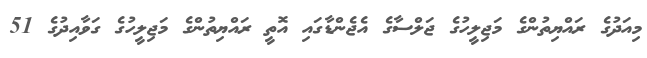
މިއަދުގެ ރައްޔިތުންގެ މަޖިލީހުގެ ޖަލްސާގެ އެޖެންޑާގައި އޮތީ ރައްޔިތުންގެ މަޖިލީހުގެ ގަވާއިދުގެ 51